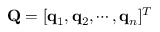
\mathbf { Q } = [ \mathbf { q } _ { 1 } , \mathbf { q } _ { 2 } , \cdots , \mathbf { q } _ { n } ] ^ { T }